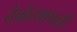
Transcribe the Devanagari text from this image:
देवोत्थापनी